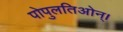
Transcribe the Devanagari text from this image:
पोपुलतिओन्।